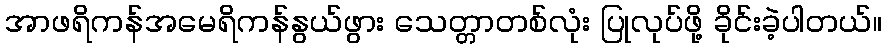
အာဖရိကန်အမေရိကန်နွယ်ဖွား သေတ္တာတစ်လုံး ပြုလုပ်ဖို့ ခိုင်းခဲ့ပါတယ်။